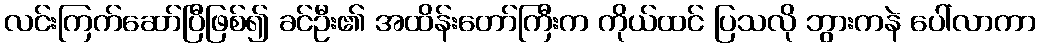
လင်းကြက်ဆော်ပြီဖြစ်၍ ခင်ဦး၏ အထိန်းတော်ကြီးက ကိုယ်ထင် ပြသလို ဘွားကနဲ ပေါ်လာကာ